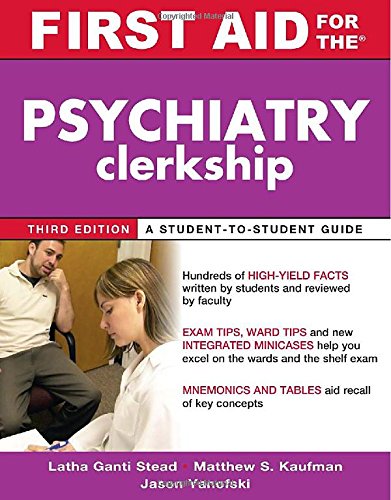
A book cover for First Aid for the Psychiatry Clerkship, Third Edition (First Aid Series); Latha Ganti; Test Preparation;